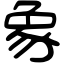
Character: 象